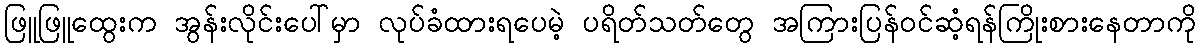
ဖြူဖြူထွေးက အွန်းလိုင်းပေါ်မှာ လုပ်ခံထားရပေမဲ့ ပရိတ်သတ်တွေ အကြားပြန်ဝင်ဆံ့ရန်ကြိုးစားနေတာကို